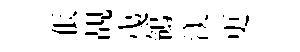
倀覘𢎯鴒渼更